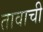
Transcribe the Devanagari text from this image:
तावाची